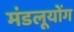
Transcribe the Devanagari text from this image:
मंडलूयोंग